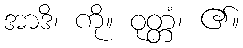
အာဒိ၊ ကို။ ဝုတ္တံ၊ ၏။